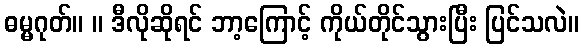
ဓမ္မဂုတ်။ ။ ဒီလိုဆိုရင် ဘာ့ကြောင့် ကိုယ်တိုင်သွားပြီး ပြင်သလဲ။